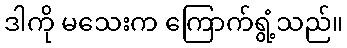
ဒါကို မသေးက ကြောက်ရွံ့သည်။